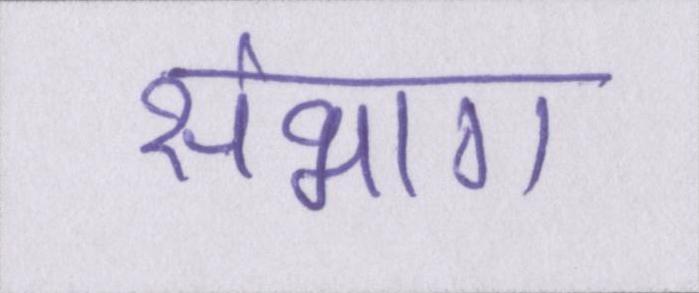
संभाग